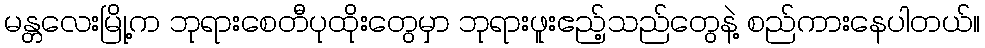
မန္တလေးမြို့က ဘုရားစေတီပုထိုးတွေမှာ ဘုရားဖူးဧည့်သည်တွေနဲ့ စည်ကားနေပါတယ်။